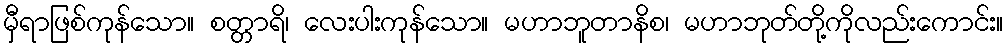
မှီရာဖြစ်ကုန်သော။ စတ္တာရိ၊ လေးပါးကုန်သော။ မဟာဘူတာနိစ၊ မဟာဘုတ်တို့ကိုလည်းကောင်း။